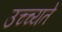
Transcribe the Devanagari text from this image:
उच्च्यते